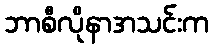
ဘာစီလိုနာအသင်းက